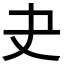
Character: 𡗒